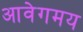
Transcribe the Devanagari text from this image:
आवेगमय